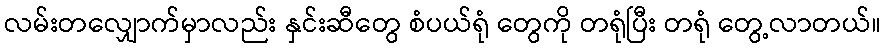
လမ်းတလျှောက်မှာလည်း နှင်းဆီတွေ စံပယ်ရုံ တွေကို တရုံပြီး တရုံ တွေ့လာတယ်။